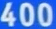
400